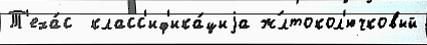
Т'еха́с  класс'иф'ика́циjа ж́лтокол'ючковый